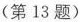
(第13题)